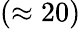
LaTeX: (\approx 20)